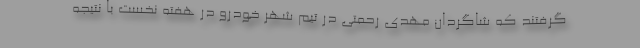
گرفتند که شاگردان مهدی رحمتی در تیم شهر خودرو در هفته نخست با نتیجه